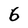
Character: 6